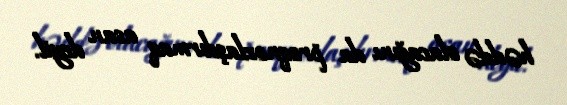
həddə olacağını da proqnozlaşdırmaq asan deyil.